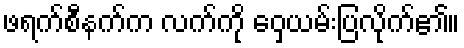
ဖရက်စီနက်က လက်ကို ဝှေ့ယမ်းပြလိုက်၏။